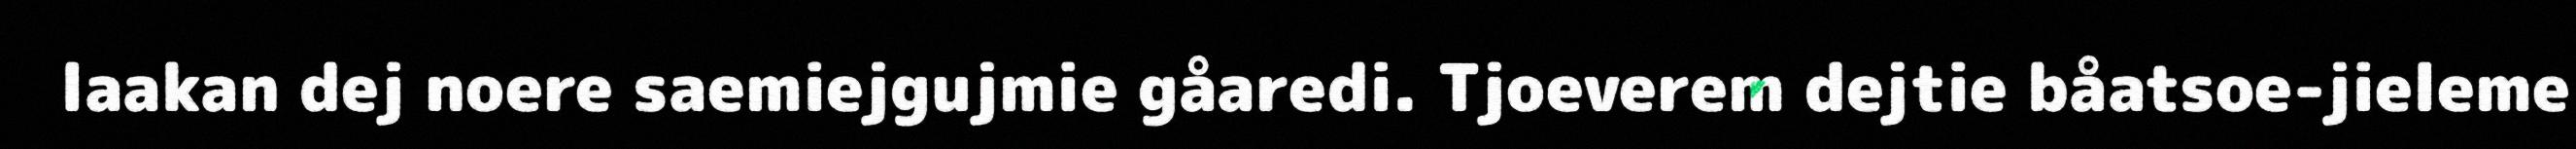
laakan dej noere saemiejgujmie gåaredi. Tjoeverem dejtie båatsoe-jieleme